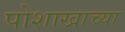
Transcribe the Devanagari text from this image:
पोशाखाच्या